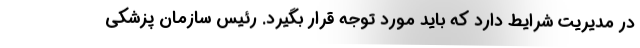
در مدیریت شرایط دارد که باید مورد توجه قرار بگیرد. رئیس سازمان پزشکی